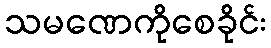
သမဏေကိုစေခိုင်း